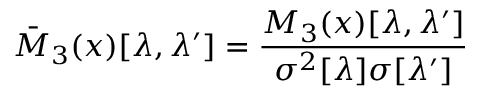
\bar { M } _ { 3 } ( x ) [ \lambda , \lambda ^ { \prime } ] = \frac { M _ { 3 } ( x ) [ \lambda , \lambda ^ { \prime } ] } { \sigma ^ { 2 } [ \lambda ] \sigma [ \lambda ^ { \prime } ] }